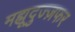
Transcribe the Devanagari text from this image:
मह्मूदुज्ज़फर